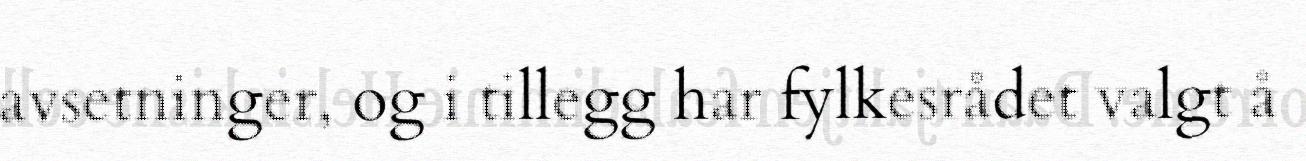
avsetninger, og i tillegg har fylkesrådet valgt å